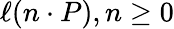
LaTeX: \ell(n\cdot P),n\geq 0